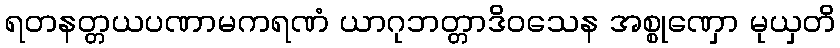
ရတနတ္တယပဏာမကရဏံ ယာဂုဘတ္တာဒိဝသေန အစ္စုဏှော မုယှတိ